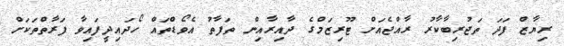
ރިޔާޒް ފަދަ ތަޖުރިބާކާރު ރާއްޖެއަށް ޓޫރިޒަމްގެ ދާއިރާއިން ތަފާތު އެވޯޑްތައް ހޯދައިދީފައިވާ ފަރާތްތަކަށް